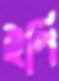
ইপি